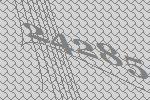
24285